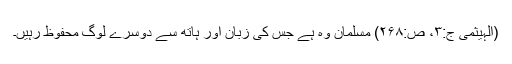
(الہیثمی ج:۳، ص:۲۶۸) مسلمان وہ ہے جس کی زبان اور ہاتھ سے دوسرے لوگ محفوظ رہیں۔